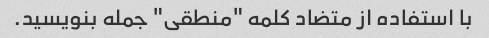
با استفاده از متضاد کلمه "منطقی" جمله بنویسید.